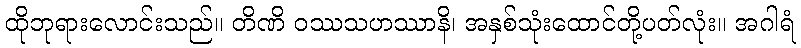
ထိုဘုရားလောင်းသည်။ တိဏိ ဝဿသဟဿာနိ၊ အနှစ်သုံးထောင်တို့ပတ်လုံး။ အဂါရံ